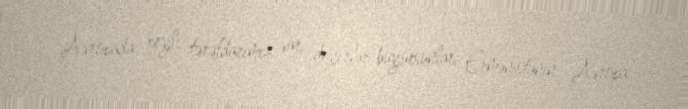
Avropada xeyli tərəfdarımız var, deyirlər buyursunlar, Ermənistanın Avropa